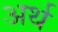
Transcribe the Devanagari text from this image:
अर्थ